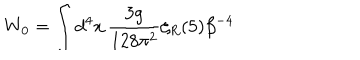
LaTeX: W _ { 0 } = \int d ^ { 4 } x \, { \frac { 3 g } { 1 2 8 \pi ^ { 2 } } } \zeta _ { R } ( 5 ) \beta ^ { - 4 }